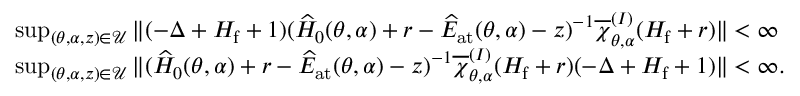
\begin{array} { r l } & { \operatorname* { s u p } _ { ( \theta , \alpha , z ) \in \mathcal { U } } \| ( - \Delta + H _ { \mathrm { f } } + 1 ) ( \widehat { H } _ { 0 } ( \theta , \alpha ) + r - \widehat { E } _ { \mathrm { a t } } ( \theta , \alpha ) - z ) ^ { - 1 } \overline { { \chi } } _ { \theta , \alpha } ^ { ( I ) } ( H _ { \mathrm { f } } + r ) \| < \infty } \\ & { \operatorname* { s u p } _ { ( \theta , \alpha , z ) \in \mathcal { U } } \| ( \widehat { H } _ { 0 } ( \theta , \alpha ) + r - \widehat { E } _ { \mathrm { a t } } ( \theta , \alpha ) - z ) ^ { - 1 } \overline { { \chi } } _ { \theta , \alpha } ^ { ( I ) } ( H _ { \mathrm { f } } + r ) ( - \Delta + H _ { \mathrm { f } } + 1 ) \| < \infty . } \end{array}